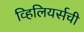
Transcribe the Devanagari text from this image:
व्हिलियर्सची